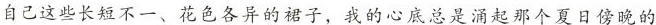
自己这些长短不一、花色各异的裙子，我的心底总是涌起那个夏日傍晚的